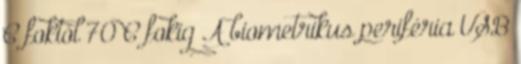
C foktól 70 C fokig A biometrikus periféria USB